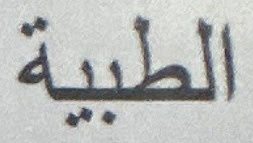
الطبية